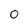
Character: 0